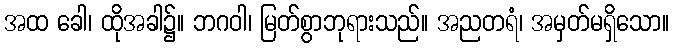
အထ ခေါ၊ ထိုအခါ၌။ ဘဂဝါ၊ မြတ်စွာဘုရားသည်။ အညတရံ၊ အမှတ်မရှိသော။